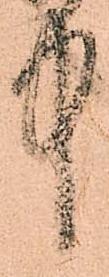
中